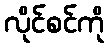
လိုင်စင်ကို